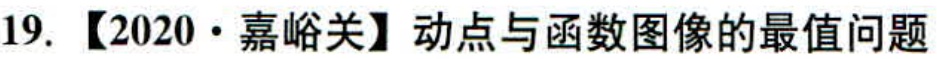
19. 【2020·嘉峪关】动点与函数图像的最值问题